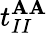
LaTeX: t_{II}^{\mathbf{A}\mathbf{A}}